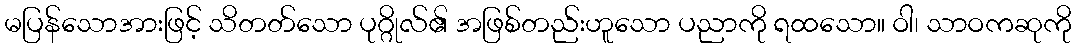
မပြန်သောအားဖြင့် သိတတ်သော ပုဂ္ဂိုလ်၏ အဖြစ်တည်းဟူသော ပညာကို ရထသော။ ဝါ၊ သာဝကဆုကို